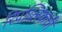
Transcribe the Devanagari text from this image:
रिपब्लिकची